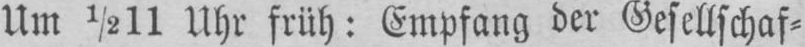
Um ½11 Uhr früh: Empfang der Gesellschaf⸗